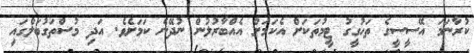
ކުރާނަމަ އޭސީސީގެ ތަހުގީގު ޓީމުތަކަށް އެކަމަށް އެއްބާރުލުން ނުދޭނެ ކަމަށެވެ. އަދި މުސްތަގުބަލްގައި